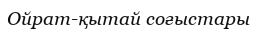
Ойрат-қытай соғыстары